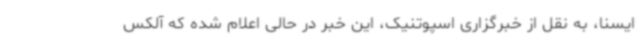
ایسنا، به نقل از خبرگزاری اسپوتنیک، این خبر در حالی اعلام شده که آلکس